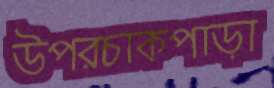
উপরচাকপাড়া